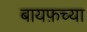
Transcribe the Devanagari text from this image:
बायफ़च्या